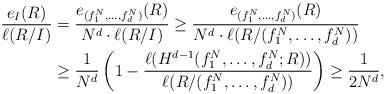
LaTeX: \begin{align*}\dfrac{e_I(R)}{\ell(R/I)} &= \dfrac{e_{(f_1^N, \ldots, f_d^N)}(R)}{N^d \cdot \ell(R/I)} \geq \dfrac{e_{(f_1^N, \ldots, f_d^N)}(R)}{N^d \cdot \ell(R/(f_1^N, \ldots, f_d^N))} \\&\geq \dfrac{1}{N^d}\left(1 - \dfrac{\ell(H^{d-1}(f_1^N, \ldots, f_d^N;R))}{\ell(R/(f_1^N, \ldots, f_d^N))} \right)\geq \frac{1}{2N^d},\end{align*}